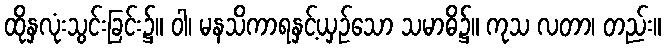
ထိုနှလုံးသွင်းခြင်း၌။ ဝါ၊ မနသိကာရနှင့်ယှဉ်သော သမာဓိ၌။ ကုသ လတာ၊ တည်း။